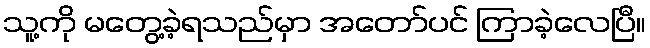
သူ့ကို မတွေ့ခဲ့ရသည်မှာ အတော်ပင် ကြာခဲ့လေပြီ။